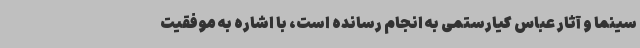
سینما و آثار عباس کیارستمی به انجام رسانده است، با اشاره به موفقیت